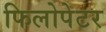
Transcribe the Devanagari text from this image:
फिलोपेटर